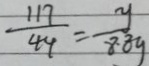
\frac { 1 1 7 } { 4 4 } = \frac { y } { 8 . 8 g }